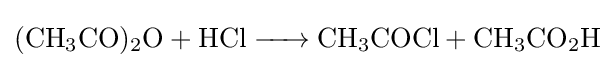
{\ce {(CH3CO)2O + HCl -> CH3COCl + CH3CO2H}}